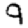
Digit: 9